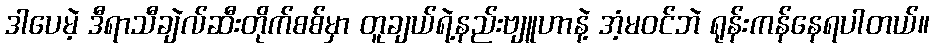
ဒါပေမဲ့ ဒီရာသီချဲလ်ဆီးတိုက်စစ်မှာ တူချယ်ရဲ့နည်းဗျူဟာနဲ့ အံ့မဝင်ဘဲ ရုန်းကန်နေရပါတယ်။